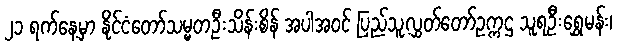
၂၁ ရက်နေ့မှာ နိုင်ငံတော်သမ္မတဦးသိန်းစိန် အပါအဝင် ပြည်သူ့လွှတ်တော်ဥက္ကဌ သူရဦးရွှေမန်း၊